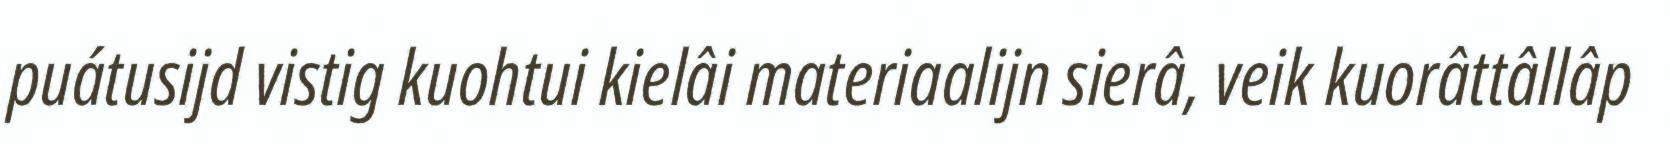
puátusijd vistig kuohtui kielâi materiaalijn sierâ, veik kuorâttâllâp